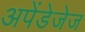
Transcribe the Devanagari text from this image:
अपेंडेजेज